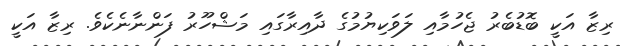
ރިޒާ އަކީ ބޮޑުބެރު ޖެހުމާއި ލަވަކިޔުމުގެ ދާއިރާގައި މަޝްހޫރު ފަންނާނެކެވެ. ރިޒާ އަކީ